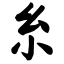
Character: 糸